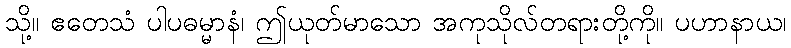
သို့။ ဧတေသံ ပါပဓမ္မာနံ၊ ဤယုတ်မာသော အကုသိုလ်တရားတို့ကို။ ပဟာနာယ၊